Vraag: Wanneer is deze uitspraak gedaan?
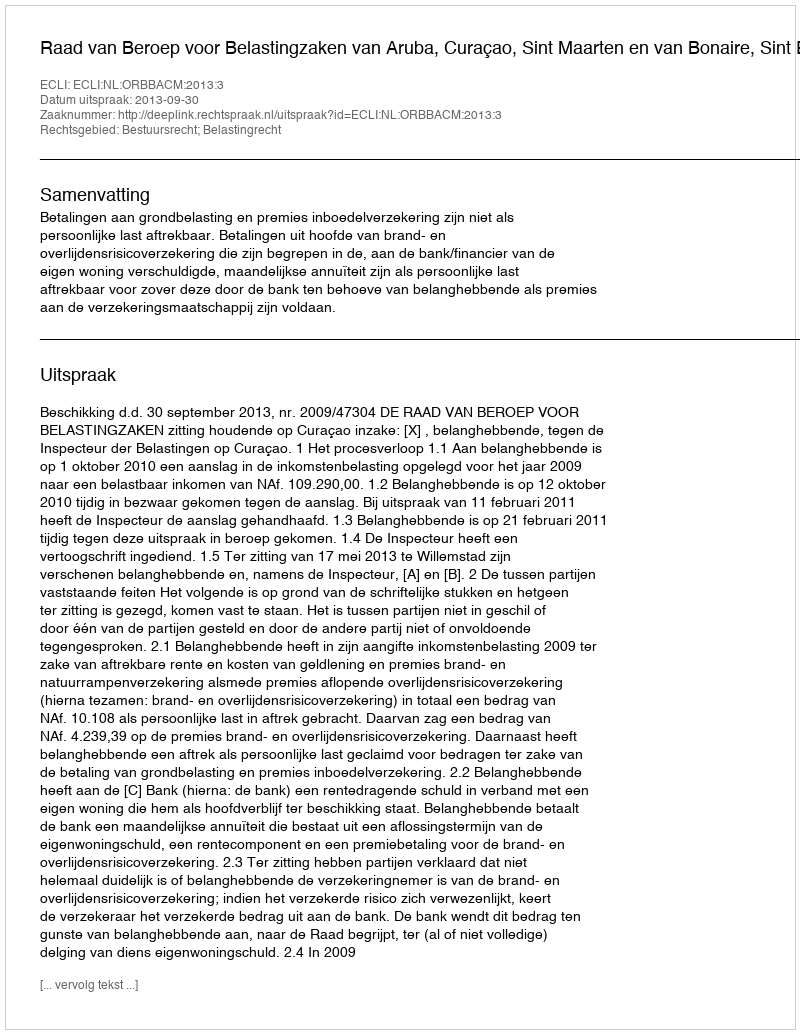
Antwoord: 2013-09-30